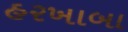
હરખાબા